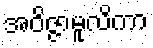
အဝိဇ္ဇာမူလိကာ